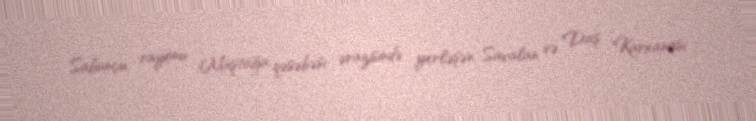
Sabunçu rayonu Maştağa qəsəbəsi ərazisində yerləşən Savalan və Daş Karxanası